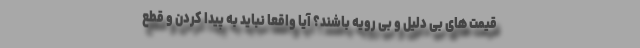
قیمت های بی دلیل و بی رویه باشند؟ آیا واقعا نباید به پیدا کردن و قطع